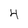
Character: 4